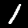
Digit: 1